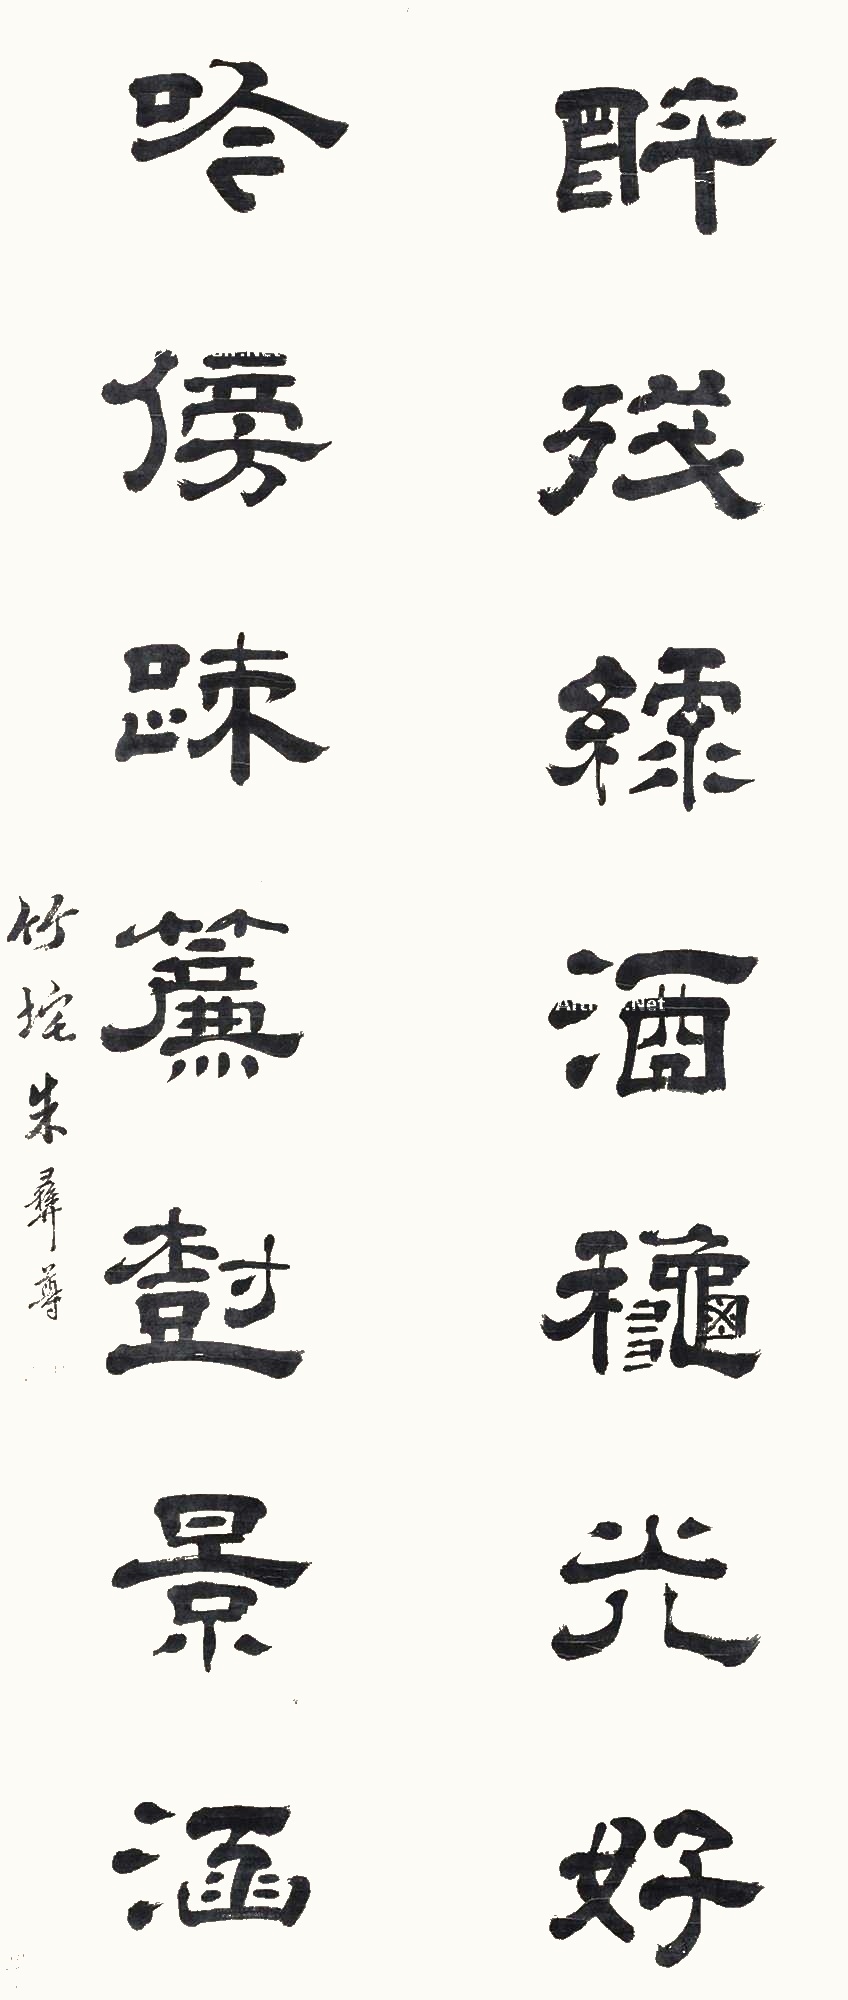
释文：醉残绿酒秋光好，吟傍疏帘树景涵。竹垞朱彝尊。